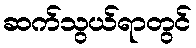
ဆက်သွယ်ရာတွင်